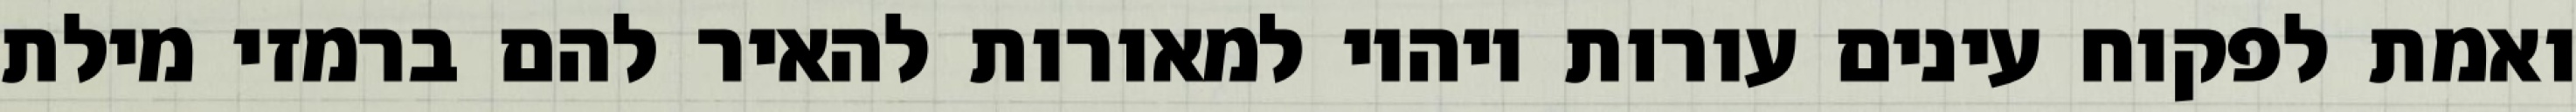
ואמת לפקוח עינים עורות ויהיו למאורות להאיר להם ברמזי מילת